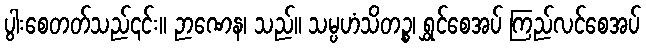
ပွါးစေတတ်သည်၎င်း။ ဉာဏေန၊ သည်။ သမ္ပဟံသိတဉ္စ၊ ရွှင်စေအပ် ကြည်လင်စေအပ်